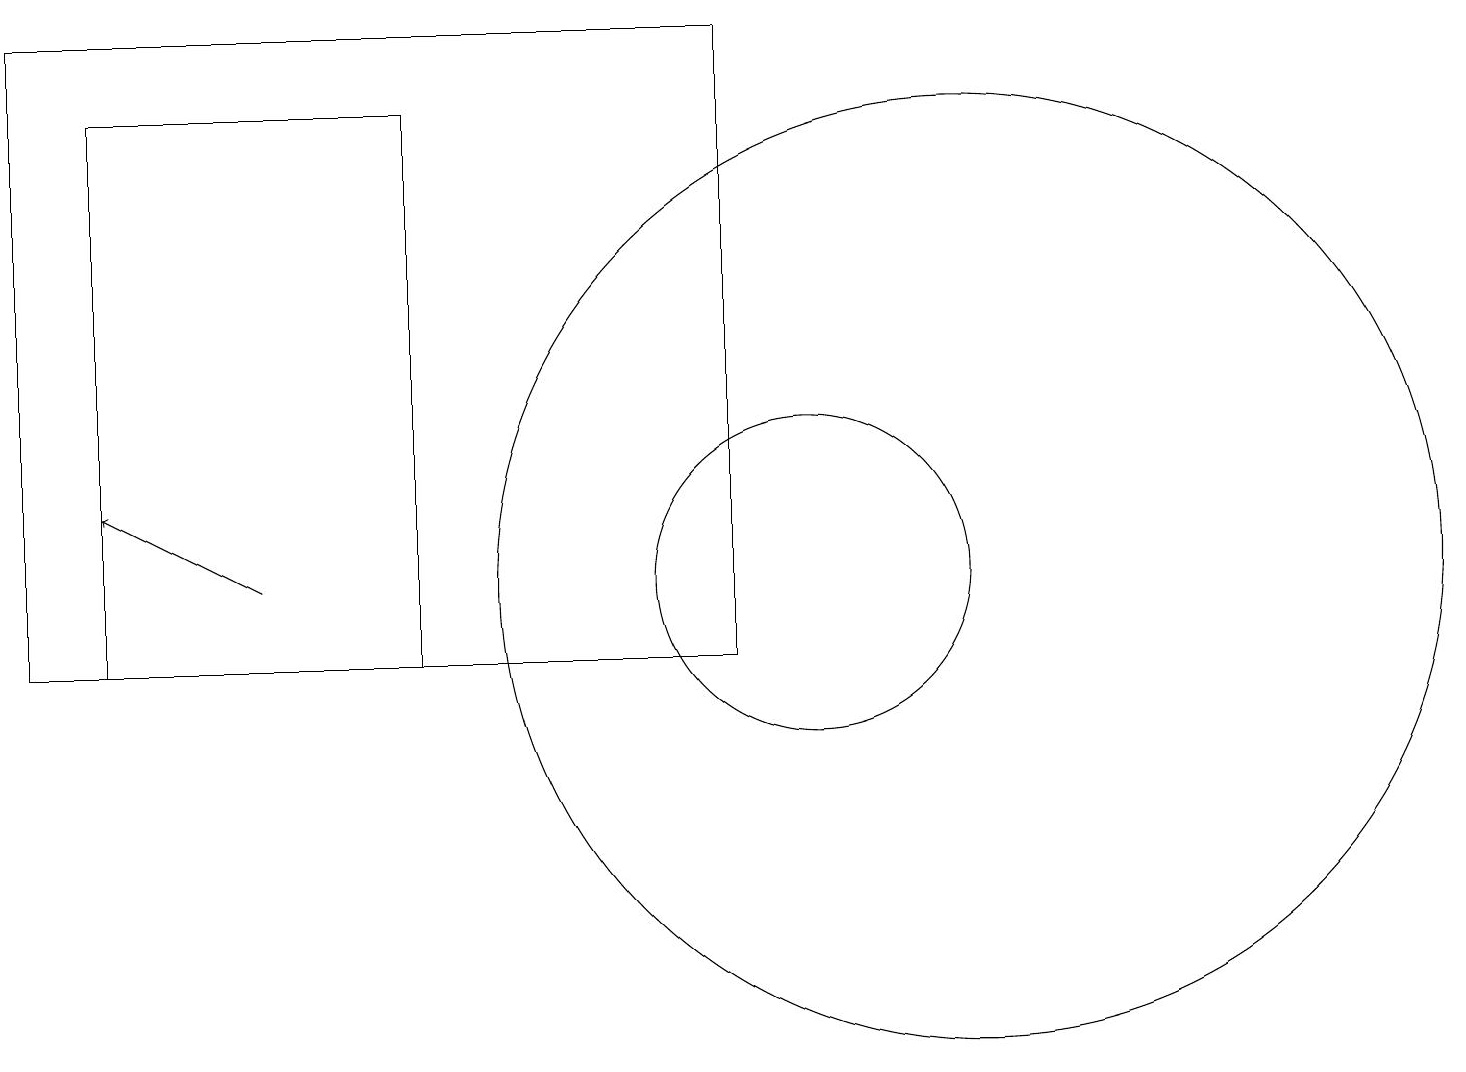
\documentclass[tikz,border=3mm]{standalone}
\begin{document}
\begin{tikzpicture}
\draw (0,10) rectangle (9,18);
\draw (5,17) rectangle (1,10);
\draw[->] (3,11) -- (1,12);
\draw (12,11) circle (6);
\draw (10,11) circle (2);
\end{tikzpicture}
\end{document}